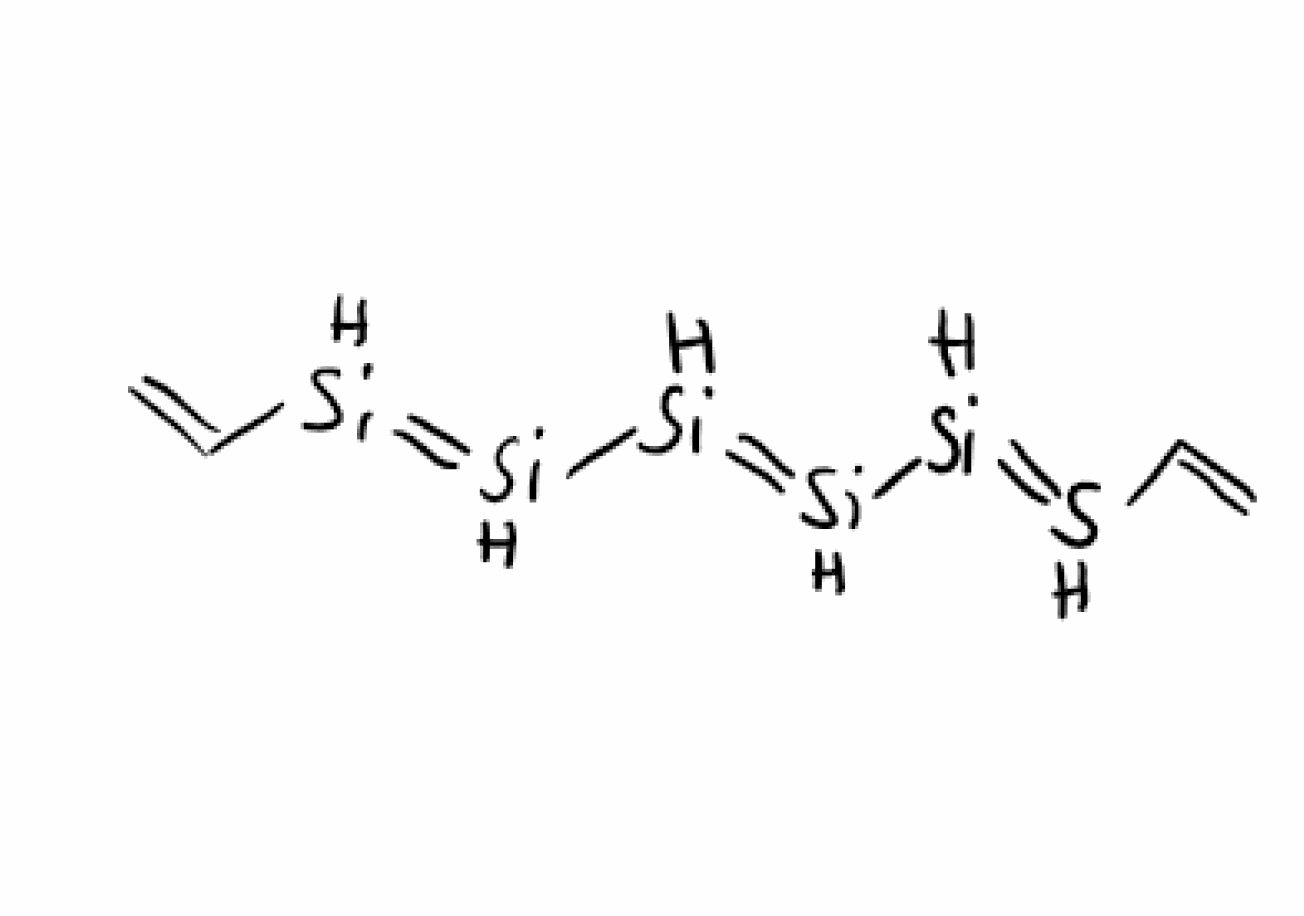
Simplified molecular-input line-entry system (SMILES) notation of the given molecule:
C=C/[SiH]=[SiH]/[SiH]=[SiH]/[SiH]=[SiH]/C=C